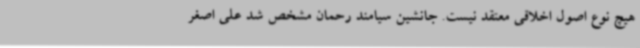
هیچ نوع اصول اخلاقی معتقد نیست. جانشین سیامند رحمان مشخص شد علی اصغر